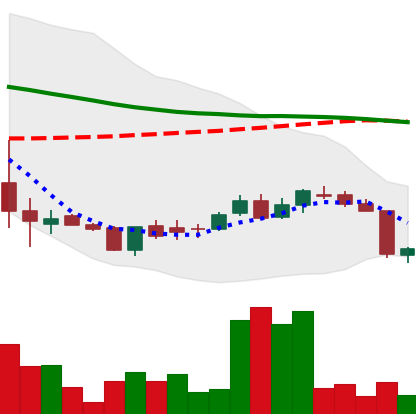
Ticker: DOGE-USD
Chart end date: 2018-06-11
Forward return: -10.482%
Label: down_7plus